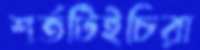
শর্তটিইচিরা